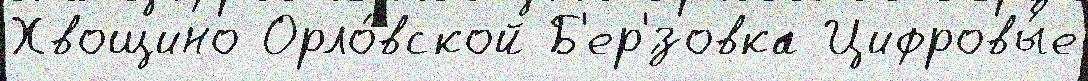
Хвощино Орло́вской Б'ер'́зовка Цифровы́е